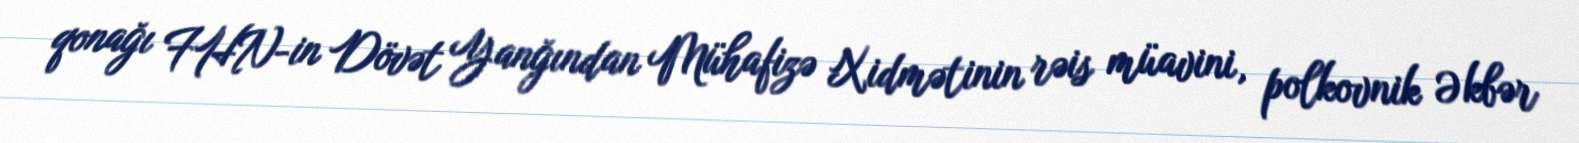
qonağı FHN-in Dövət Yanğından Mühafizə Xidmətinin rəis müavini, polkovnik Əkbər